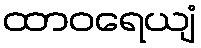
ထာဝရေယျံ